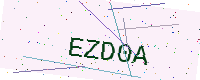
Text: EZD0A